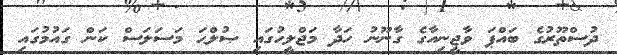
ދުސްތޫރުގެ ބައްޕަ ވާޖީނިއާގެ ގާނޫނު ހަދާ މަޖްލީހުގައި ޞުލްޙަ މަސަލަސް ކަން ގައުމުގައި